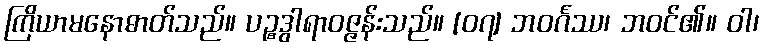
ကြိယာမနောဓာတ်သည်။ ပဉ္စဒွါရာဝဇ္ဇန်းသည်။ [၀၇] ဘဝင်္ဂဿ၊ ဘဝင်၏။ ဝါ၊